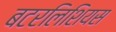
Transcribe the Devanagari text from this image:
बटरलिशियस